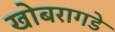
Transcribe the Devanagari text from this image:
खोबरागडे